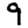
Digit: 9